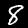
Digit: 8